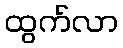
ထွက်လာ